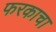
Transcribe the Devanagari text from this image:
फरकाचा